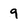
Character: 9